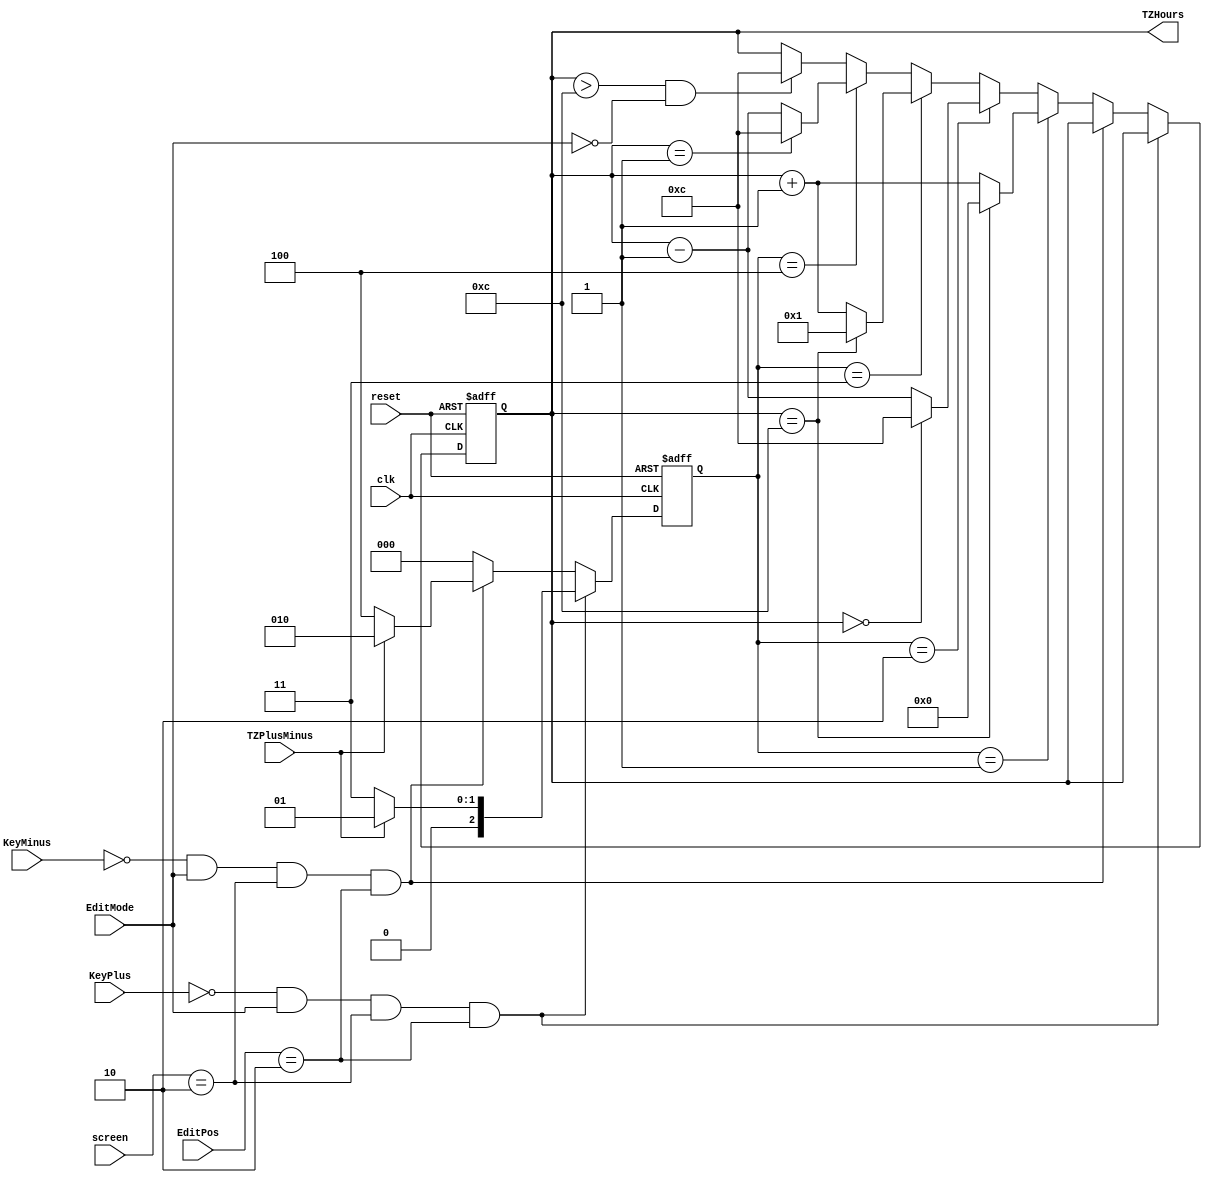
/** Time Zone Hours Manager
 * 
 * Input: clk, KeyPlus, KeyMinus,
 *        reset, EditPos, EditMode, screen, TZPlusMinus
 * Output: TZHours
 * 
 * Dependence: none
 * 
 * Function: Manage hours of time zone
 * 
 * Description Input, Output:
 * 
 * - TZHours: perform hours of time zone
 * - clk: the main clock for flip-flop
 * - KeyPlus, KeyMinus: plus, minus 1 unit of current position when in Edit Mode
 * - reset: to reset the project
 * - EditPos: the current position of hex. This is opposite with hex which is 0 in the leftmost while it is 7
 * - EditMode: perform Edit Mode which is high or low
 * - screen: perform the current screen
 * - TZPlusMinus: perform plus or minus of time zone, is plus when high
 */
module TimeZoneHours(TZHours, clk, KeyPlus, KeyMinus, reset, EditPos, EditMode, screen, TZPlusMinus);
	output reg[6:0] TZHours;
	input [2:0] EditPos;
	input EditMode, clk, KeyPlus, KeyMinus, reset, TZPlusMinus;
	input [1:0] screen;
	
	reg [2:0] mode;
	
	always @(posedge clk, negedge reset) begin
		if(~reset) begin
			TZHours <= 7;
			mode <= 0;
		end
		else if(~KeyPlus && EditMode == 1 && screen == 2 && EditPos == 2) begin
			if (TZPlusMinus == 1) mode <= 1;
			else mode <= 3;
		end
		else if(~KeyMinus && EditMode == 1 && screen == 2 && EditPos == 2) begin
			if (TZPlusMinus == 1) mode <= 2;
			else mode <= 4;
		end
		else begin
			mode <= 0;
			TZHours <= mode == 1? (TZHours == 12? 7'd0: TZHours + 7'd1):
						mode == 2? (TZHours == 0? 7'd12: TZHours - 7'd1):
						mode == 3? (TZHours == 12? 7'd1: TZHours + 7'd1):
						mode == 4? (TZHours == 1? 7'd12: TZHours - 7'd1):
						(TZHours > 12 && EditMode == 0)? 7'd12: TZHours;
		end
		
	end
	
endmodule